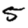
Digit: 5